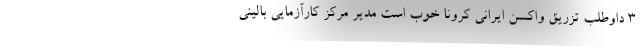
۳ داوطلب تزریق واکسن ایرانی کرونا خوب است مدیر مرکز کارآزمایی بالینی